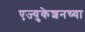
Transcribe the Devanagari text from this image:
एज्युकेशनच्या